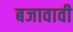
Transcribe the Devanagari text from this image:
बजावावी